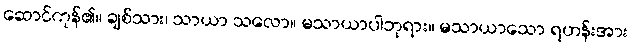
ဆောင်ကုန်၏။ ချစ်သား၊ သာယာ သလော။ မသာယာပါဘုရား။ မသာယာသော ရဟန်းအား